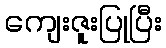
ကျေးဇူးပြုပြီး